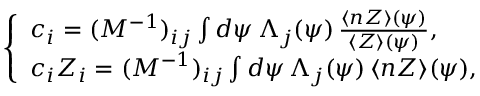
\left\{ \begin{array} { l l } { c _ { i } = ( M ^ { - 1 } ) _ { i j } \int d \psi \, \Lambda _ { j } ( \psi ) \, \frac { \langle n Z \rangle ( \psi ) } { \langle Z \rangle ( \psi ) } , } \\ { c _ { i } Z _ { i } = ( M ^ { - 1 } ) _ { i j } \int d \psi \, \Lambda _ { j } ( \psi ) \, \langle n Z \rangle ( \psi ) , } \end{array} \right.